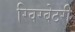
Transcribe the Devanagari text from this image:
रिवरबेटरी